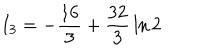
I _ { 3 } = - { \frac { 1 6 } { 3 } } + { \frac { 3 2 } { 3 } } \ln 2